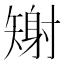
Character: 𪿎